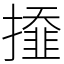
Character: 𢶍